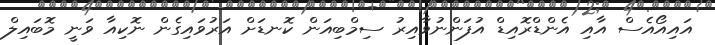
އައިއޯއެސް އާއި އެންޑްރޮއިޑް އުފަންނުވާއިރު ސިމްބިއަން ކޮނޑަށް އަރުވައިގެން ނޮކިއާ ވަނީ މޮބައިލް